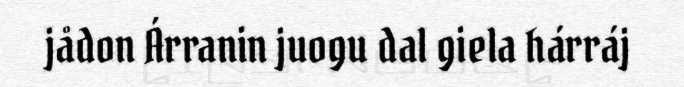
jådon Árranin juogu dal giela hárráj